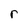
Character: r